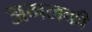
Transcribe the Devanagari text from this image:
अमलकी